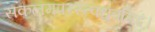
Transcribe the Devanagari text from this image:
सकलमपरस्त्वध्रुवमिदं।